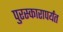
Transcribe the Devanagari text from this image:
पुरस्कारापर्यंत